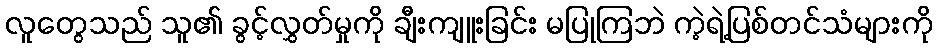
လူတွေသည် သူ၏ ခွင့်လွှတ်မှုကို ချီးကျူးခြင်း မပြုကြဘဲ ကဲ့ရဲ့ပြစ်တင်သံများကို